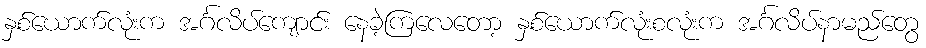
နှစ်ယောက်လုံးက အင်္ဂလိပ်ကျောင်း နေခဲ့ကြလေတော့ နှစ်ယောက်လုံးစလုံးက အင်္ဂလိပ်နာမည်တွေ